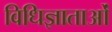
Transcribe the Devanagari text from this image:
विधिज्ञाताओं